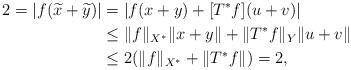
LaTeX: \begin{align*}2=|f(\widetilde{x}+\widetilde{y})|& =|f(x+y)+[T^*f](u+v)| \\ &\leq \|f\|_{X^*}\|x+y\| +\|T^*f\|_Y\|u+v\| \\&\leq 2(\|f\|_{X^*}+\|T^*f\|)=2,\end{align*}